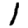
Digit: 1